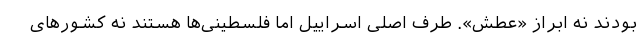
بودند نه ابراز «عطش». طرف اصلی اسراییل اما فلسطینی‌ها هستند نه کشورهای